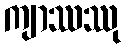
ကျာဿဿု